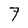
Character: 7